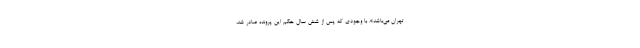
تهران می‌باشد». با وجودی ‌که پس از شش سال حکم این پرونده صادر شد،